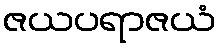
ဇယပရာဇယံ